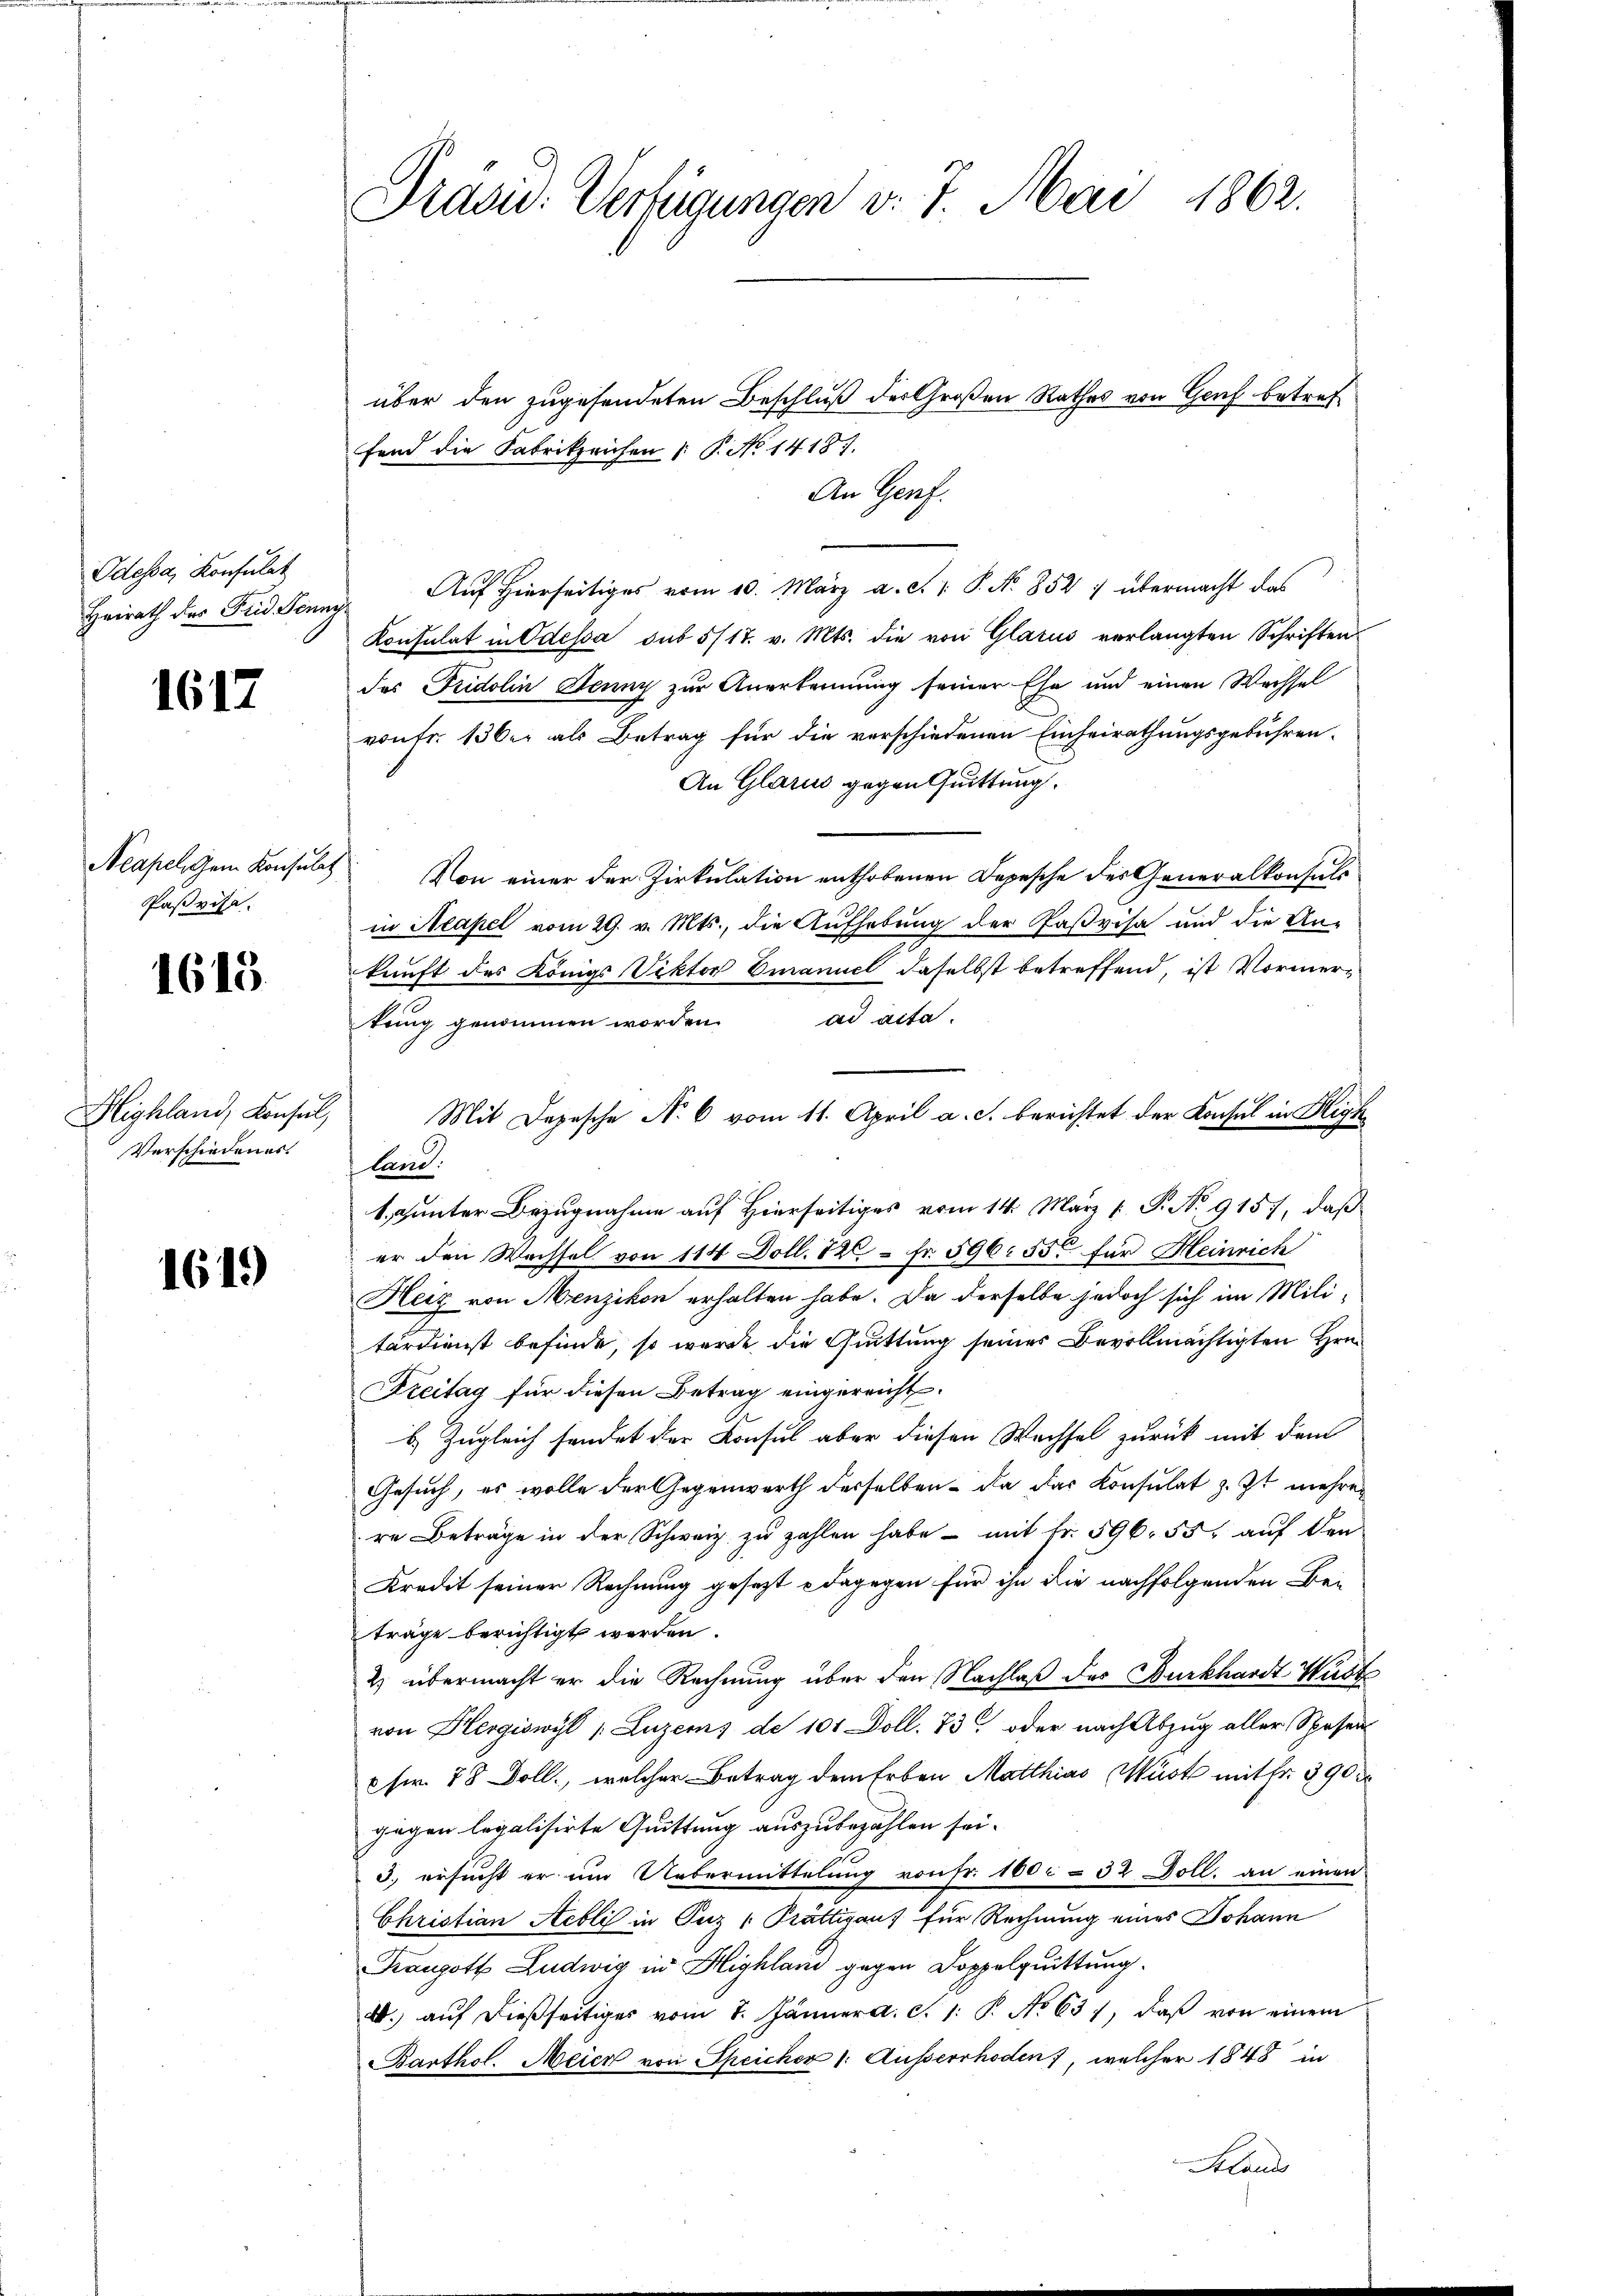
Odessa, Konfulat
Heirath des Frid. Ven.

1617

Paßvise.

1615

Highland, Konsul,
Verschiedenes.

1619

Präsid. Verfügungen v. 7. Mai 1862.

über den zugesendeten Beschluß der Großen Rathes von Genf betref
fend die Fabrikzeichen |: P. No 14187.
An Genf.
eg. Auf hierseitiges vom 10. März a. c. v. P. Nr. 852 : übermacht das
Konsulat in Odessa sub 5/17. v. Mts. die von Glarus verlangten Schriften
das Fridolin Jenny zur Anerkennung seiner Ehe und einen Wechsel
vonFr. 13 der als Betrag für die verschiedenen Einheirathungsgebühren.
An Glarus gegen Quittung.
Neapel dem Konsŭlt. Von einer der Zirkŭlation enthobenen Depesche der Generalkonsuls
in Neapel vom 29. v. Mts., die Aufhebung der Paßvisa und die An-
kunft des Königs Viktor Emanuel daselbst betreffend, ist Vormertring genommen worden. ad acta.
9.
Mit Depesche No 6 vom 11. April a. c. berichtet der Konsul in Highland.
t,unter Bezugnahme auf Hierseitiges vom 14. März [ P. No 9157, daß
er den Wachsel von 114 Doll. 120 Fr. 596. 550 für Heinrich
Heiz von Menzikon erhalten habe. Da derselbe jedoch sich im Mili-
tärdienst befinde, so wurde die Quittung seines Bevollmächtigten Hrn.
Streitag für diesen Betrag eingereicht.
b. Zugleich sendet der Konsul aber diesen Wachsel zurück mit dem
Gesuch, es wolle der Gegenwarth derselben – da das Konsulat z. Zt mehrer
re Beträge in der Schweiz zu zahlen habe - mit Fr. 596. 55, auf den
Kredit seiner Rechnung gesezt - dagegen für ihn die nachfolgenden Beträge berichtigt werden.
2) übermacht er die Rechnung über den Nachlaß des Burkhardt-Wüste
von Hergiswyl /: Luzems de 101 Doll. 73. oder nach Abzug aller Spesen
6fr. 78 Doll., welcher Betrag dem Erben Matthias Muste mit fr. 390
gegen legalisirte Quittung auszubezahlen sei.
3.) ersucht er um Uebermittelung von Fr. 100 r. 32 Doll. an einen
Christian Aebli in Fez " Prättigaus für Rechnung eines Johann
Franzott Ludwig in Highland gegen Doppelquittung.
4. aŭf dießseitiges vom 7. Jänner a. c. 1. P. No 631, daß von einem
Barthol. Meier von Speicher 1. Ausserrhoden), welcher 1848 in
Sclands